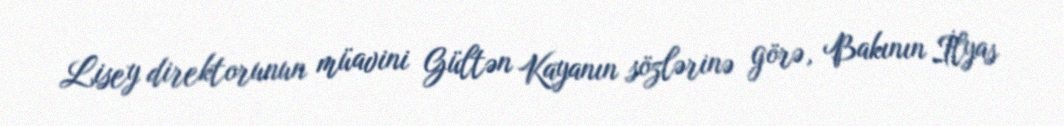
Lisey direktorunun müavini Gültən Kayanın sözlərinə görə, Bakının İlyas